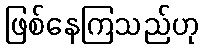
ဖြစ်နေကြသည်ဟု